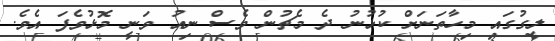
ލީގުގައި މިހާތަނަށް ކުޅުނު ދެ މެޗުން ވެސް ނިއު ވަނީ މޮޅުވެފަ އެވެ.